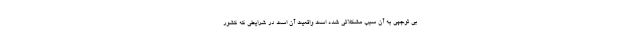
بی توجهی به آن سبب مشکلاتی شده است واقعیت آن است در شرایطی که کشور